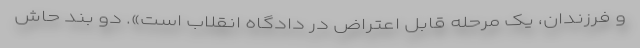
و فرزندان، یک مرحله قابل اعتراض در دادگاه انقلاب است». دو بند حاش